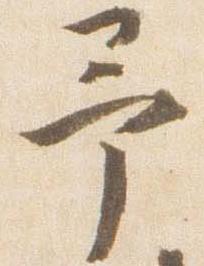
予